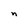
Character: n